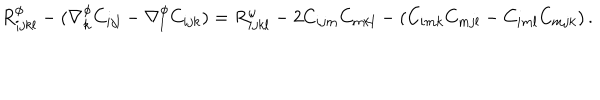
R _ { i j k l } ^ { \phi } - ( \nabla _ { k } ^ { \phi } C _ { i j l } - \nabla _ { l } ^ { \phi } C _ { i j k } ) = R _ { i j k l } ^ { \omega } - 2 C _ { i j m } C _ { m k l } - ( C _ { i m k } C _ { m j l } - C _ { i m l } C _ { m j k } ) \, .